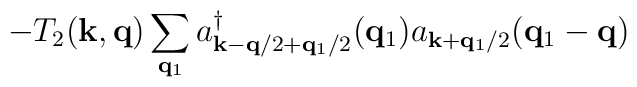
- T_{2}({\bf{k}}, {\bf{q}})\sum_{ {\bf{q}}_{1} }a^{\dagger}_{ {\bf{k}} - {\bf{q}}/2 + {\bf{q}}_{1}/2 }({\bf{q}}_{1})a_{ {\bf{k}} + {\bf{q}}_{1}/2 }({\bf{q}}_{1} - {\bf{q}})